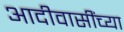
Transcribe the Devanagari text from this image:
आदीवासींच्या